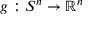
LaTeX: g : S ^ { n } \to { \mathbb { R } } ^ { n }